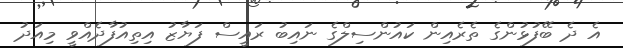
އެ ދެ ބޭފުޅުންގެ ތެރެއިން ކައުންސިލްގެ ނައިބު ރައީސް ފަޔާޒު އިތިއުފާދެއްވީ މިއަދު